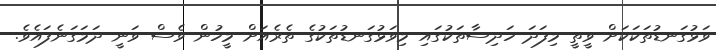
ވަޅުގަނޑުތަކަކަށް ވީތީ މިފަދަ ހަދިސާތަކުގައި މިވަޅުގަނޑުތަކުގެ ތެރެއަށް މީހުން ވެސް ވަނީ ދަމަގަނެފައެވެ.